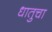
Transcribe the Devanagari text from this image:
धातुचा